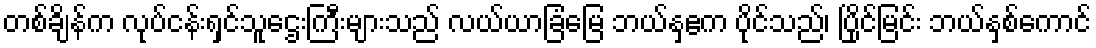
တစ်ချိန်က လုပ်ငန်းရှင်သူဌေးကြီးများသည် လယ်ယာခြံမြေ ဘယ်နှဧက ပိုင်သည်၊ ပြိုင်မြင်း ဘယ်နှစ်ကောင်